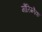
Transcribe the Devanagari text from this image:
मौरिग्नैक